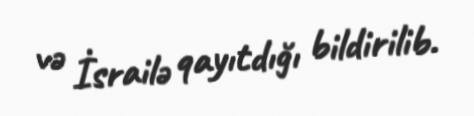
və İsrailə qayıtdığı bildirilib.